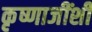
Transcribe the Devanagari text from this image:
कृष्णाजींशी